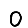
Digit: 0